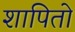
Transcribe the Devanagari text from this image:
शापितो